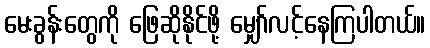
မေးခွန်းတွေကို ဖြေဆိုနိုင်ဖို့ မျှော်လင့်နေကြပါတယ်။